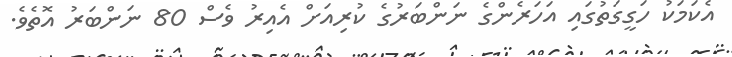
އެކަމަކު ހަގީގަތުގައި އަހަރެންގެ ނަންބަރުގެ ކުރިއަށް އެއިރު ވެސް 80 ނަންބަރު އޮތެވެ.